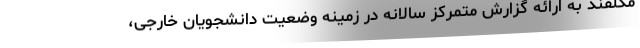
مکلفند به ارائه گزارش متمرکز سالانه در زمینه وضعیت دانشجویان خارجی،